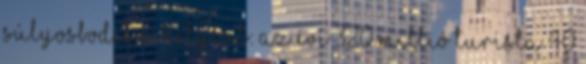
súlyosbodik a helyzet: az évi 320 millió turista 40